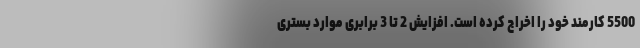
5500 کارمند خود را اخراج کرده است. افزایش 2 تا 3 برابری موارد بستری